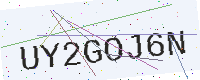
Text: UY2GOJ6N